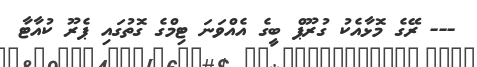
--- ރޭގެ މޮޅާއެކު ގުރޫޕް ބީގެ އެއްވަނަ ޓިމްގެ ގޮތުގައި ޕެރޫ ކުއާޓާ